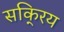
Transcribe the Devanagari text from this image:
सकि्रय